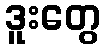
ဒူးတွေ